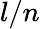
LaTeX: l/n